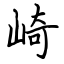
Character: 崎